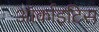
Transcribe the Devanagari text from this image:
ऑर्काइटिस